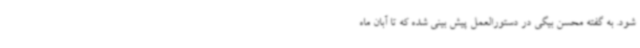
شود. به گفته محسن بیگی در دستورالعمل پیش بینی شده که تا آبان ماه